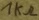
Text: 1kΩ